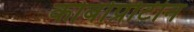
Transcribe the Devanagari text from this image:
कोबोप्रोटीन